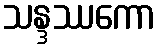
သန္ဒဿကော